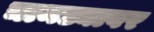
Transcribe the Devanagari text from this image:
चामड्यावर